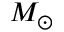
M _ { \odot }